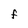
Character: f